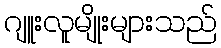
ဂျူးလူမျိုးများသည်